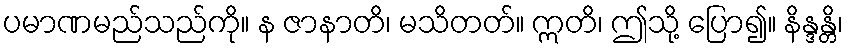
ပမာဏမည်သည်ကို။ န ဇာနာတိ၊ မသိတတ်။ ဣတိ၊ ဤသို့ ပြော၍။ နိန္ဒန္တိ၊